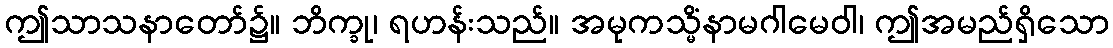
ဤသာသနာတော်၌။ ဘိက္ခု၊ ရဟန်းသည်။ အမုကသ္မိံနာမဂါမေဝါ၊ ဤအမည်ရှိသော